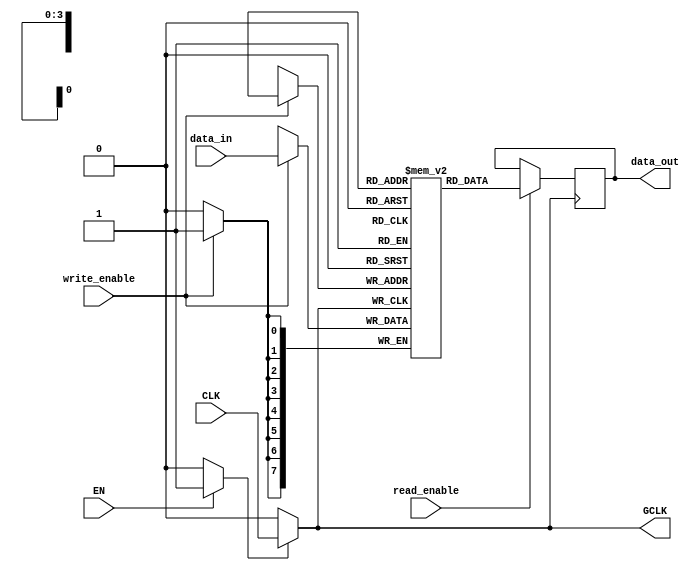
module dynamic_clock_gating (
    input wire CLK,               // Primary clock signal
    input wire EN,                // Enable signal for clock gating
    input wire [7:0] data_in,     // Data input for memory block
    input wire write_enable,       // Write enable signal
    input wire read_enable,        // Read enable signal
    output reg [7:0] data_out,     // Data output from memory block
    output wire GCLK               // Gated clock signal
);

    // Gating Logic
    reg gated_enable;

    // Gated Clock Generation
    assign GCLK = (gated_enable) ? CLK : 1'b0;

    always @(*) begin
        // Determine if the clock should be gated based on the enable signal
        if (EN) begin
            gated_enable = 1'b1; // Enable clock if memory block is active
        end else begin
            gated_enable = 1'b0; // Disable clock if memory block is idle
        end
    end

    // Memory Block
    reg [7:0] memory [0:15]; // Simple memory array of 16 bytes
    reg [3:0] address;       // Address for memory access

    always @(posedge GCLK) begin
        if (write_enable) begin
            memory[address] <= data_in; // Write operation
        end
        if (read_enable) begin
            data_out <= memory[address]; // Read operation
        end
    end

endmodule